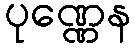
ပုဏ္ဏေန